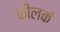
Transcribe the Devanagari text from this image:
कीलकं